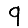
Digit: 9